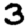
Digit: 3